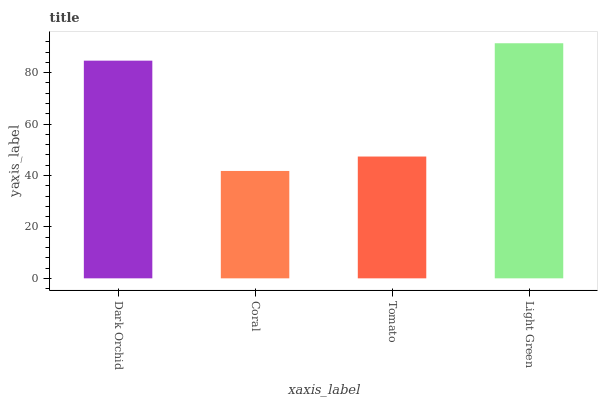
| xaxis_label | bars |
 | --- | --- |
 | Dark Orchid | 84.6 |
 | Coral | 41.8 |
 | Tomato | 47.4 |
 | Light Green | 91.4 |